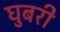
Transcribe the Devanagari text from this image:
घुबरी